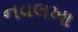
નવલખા